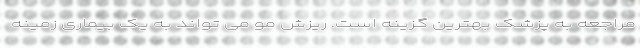
مراجعه به پزشک بهترین گزینه است. ریزش مو می تواند به یک بیماری زمینه